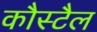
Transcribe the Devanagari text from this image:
कौस्टैल